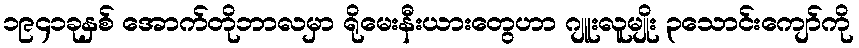
၁၉၄၁ခုနှစ် အောက်တိုဘာလမှာ ရိုမေးနီးယားတွေဟာ ဂျူးလူမျိုး ၃သောင်းကျော်ကို